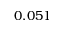
0 . 0 5 1